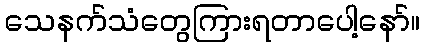
သေနက်သံတွေကြားရတာပေါ့နော်။